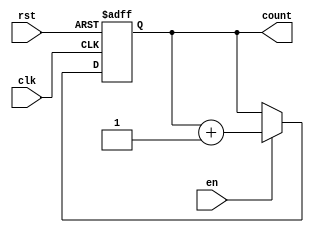
module up_counter_with_enable #(
    parameter WIDTH = 4  // Define the width of the counter (number of bits)
)(
    input wire clk,      // Clock signal
    input wire en,       // Enable signal
    input wire rst,      // Asynchronous reset signal
    output reg [WIDTH-1:0] count  // Current count value
);

// Asynchronous reset and counting logic
always @(posedge clk or posedge rst) begin
    if (rst) begin
        count <= 0;  // Reset the counter to 0
    end else if (en) begin
        count <= count + 1;  // Increment the counter
    end
end

endmodule